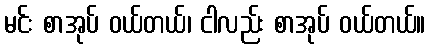
မင်း စာအုပ် ဝယ်တယ်၊ ငါလည်း စာအုပ် ဝယ်တယ်။